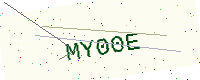
Text: MY00E